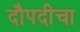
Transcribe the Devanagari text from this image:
दौपदीचा